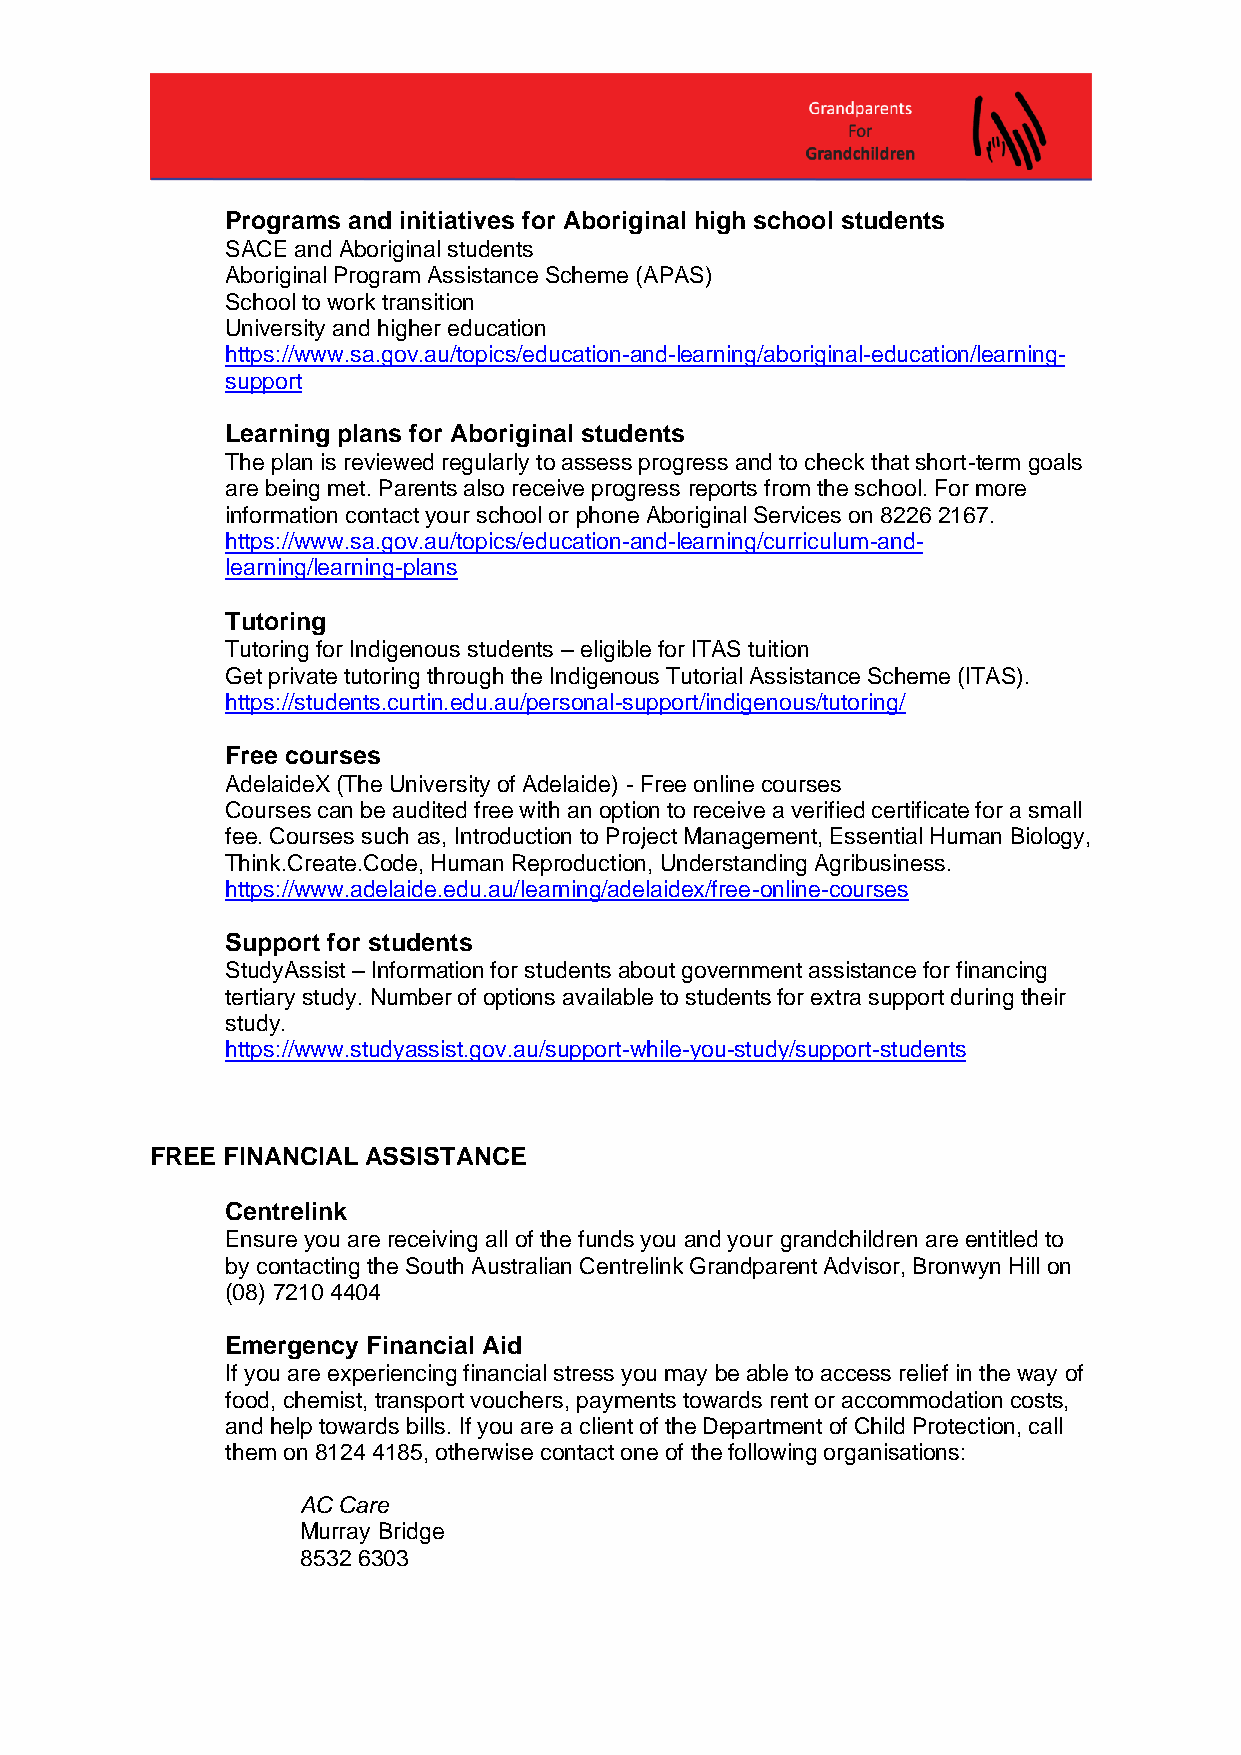
Programs and initiatives for Aboriginal high school students
 SACE and Aboriginal students
 Aboriginal Program Assistance Scheme (APAS)
 School to work transition
 University and higher education
 https://www.sa.gov.au/topics/education-and-learning/aboriginal-education/learning-
 support
 Learning plans for Aboriginal students
 The plan is reviewed regularly to assess progress and to check that short-term goals
 are being met. Parents also receive progress reports from the school. For more
 information contact your school or phone Aboriginal Services on 8226 2167.
 https://www.sa.gov.au/topics/education-and-learning/curriculum-and-
 learning/learning-plans
 Tutoring
 Tutoring for Indigenous students – eligible for ITAS tuition
 Get private tutoring through the Indigenous Tutorial Assistance Scheme (ITAS).
 https://students.curtin.edu.au/personal-support/indigenous/tutoring/
 Free courses
 AdelaideX (The University of Adelaide) - Free online courses
 Courses can be audited free with an option to receive a verified certificate for a small
 fee. Courses such as, Introduction to Project Management, Essential Human Biology,
 Think.Create.Code, Human Reproduction, Understanding Agribusiness.
 https://www.adelaide.edu.au/learning/adelaidex/free-online-courses
 Support for students
 StudyAssist – Information for students about government assistance for financing
 tertiary study. Number of options available to students for extra support during their
 study.
 https://www.studyassist.gov.au/support-while-you-study/support-students
 FREE FINANCIAL ASSISTANCE
 Centrelink
 Ensure you are receiving all of the funds you and your grandchildren are entitled to
 by contacting the South Australian Centrelink Grandparent Advisor, Bronwyn Hill on
 (08) 7210 4404
 Emergency Financial Aid
 If you are experiencing financial stress you may be able to access relief in the way of
 food, chemist, transport vouchers, payments towards rent or accommodation costs,
 and help towards bills. If you are a client of the Department of Child Protection, call
 them on 8124 4185, otherwise contact one of the following organisations:
 AC Care
 Murray Bridge
 8532 6303